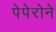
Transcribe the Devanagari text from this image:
पेपेरोने